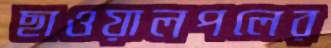
ছাওয়ালপলের